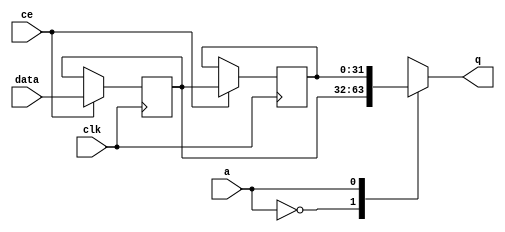


`timescale 1 ns / 1 ps

module kernel_bc_fifo_w32_d2_S_shiftReg (
    clk,
    data,
    ce,
    a,
    q);

parameter DATA_WIDTH = 32'd32;
parameter ADDR_WIDTH = 32'd1;
parameter DEPTH = 2'd2;

input clk;
input [DATA_WIDTH-1:0] data;
input ce;
input [ADDR_WIDTH-1:0] a;
output [DATA_WIDTH-1:0] q;

reg[DATA_WIDTH-1:0] SRL_SIG [0:DEPTH-1];
integer i;

always @ (posedge clk)
    begin
        if (ce)
        begin
            for (i=0;i<DEPTH-1;i=i+1)
                SRL_SIG[i+1] <= SRL_SIG[i];
            SRL_SIG[0] <= data;
        end
    end

assign q = SRL_SIG[a];

endmodule

module kernel_bc_fifo_w32_d2_S (
    clk,
    reset,
    if_empty_n,
    if_read_ce,
    if_read,
    if_dout,
    if_full_n,
    if_write_ce,
    if_write,
    if_din);

parameter MEM_STYLE   = "shiftreg";
parameter DATA_WIDTH  = 32'd32;
parameter ADDR_WIDTH  = 32'd1;
parameter DEPTH       = 2'd2;

input clk;
input reset;
output if_empty_n;
input if_read_ce;
input if_read;
output[DATA_WIDTH - 1:0] if_dout;
output if_full_n;
input if_write_ce;
input if_write;
input[DATA_WIDTH - 1:0] if_din;

wire[ADDR_WIDTH - 1:0] shiftReg_addr ;
wire[DATA_WIDTH - 1:0] shiftReg_data, shiftReg_q;
wire                     shiftReg_ce;
reg[ADDR_WIDTH:0] mOutPtr = ~{(ADDR_WIDTH+1){1'b0}};
reg internal_empty_n = 0;
reg internal_full_n = 1;

assign if_full_n = internal_full_n;
assign if_empty_n = internal_empty_n;
assign shiftReg_data = if_din;
assign if_dout = shiftReg_q;

always @ (posedge clk) begin
    if (reset == 1'b1)
    begin
        mOutPtr <= ~{ADDR_WIDTH+1{1'b0}};
        internal_empty_n <= 1'b0;
        internal_full_n <= 1'b1;
    end
    else begin
        if (((if_read & if_read_ce) == 1 & internal_empty_n == 1) && 
            ((if_write & if_write_ce) == 0 | internal_full_n == 0))
        begin
            mOutPtr <= mOutPtr - 2'd1;
            if (mOutPtr == 2'd0)
                internal_empty_n <= 1'b0;
            internal_full_n <= 1'b1;
        end 
        else if (((if_read & if_read_ce) == 0 | internal_empty_n == 0) && 
            ((if_write & if_write_ce) == 1 & internal_full_n == 1))
        begin
            mOutPtr <= mOutPtr + 2'd1;
            internal_empty_n <= 1'b1;
            if (mOutPtr == DEPTH - 2'd2)
                internal_full_n <= 1'b0;
        end 
    end
end

assign shiftReg_addr = mOutPtr[ADDR_WIDTH] == 1'b0 ? mOutPtr[ADDR_WIDTH-1:0]:{ADDR_WIDTH{1'b0}};
assign shiftReg_ce = (if_write & if_write_ce) & internal_full_n;

kernel_bc_fifo_w32_d2_S_shiftReg 
#(
    .DATA_WIDTH(DATA_WIDTH),
    .ADDR_WIDTH(ADDR_WIDTH),
    .DEPTH(DEPTH))
U_kernel_bc_fifo_w32_d2_S_ram (
    .clk(clk),
    .data(shiftReg_data),
    .ce(shiftReg_ce),
    .a(shiftReg_addr),
    .q(shiftReg_q));

endmodule